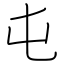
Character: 屯